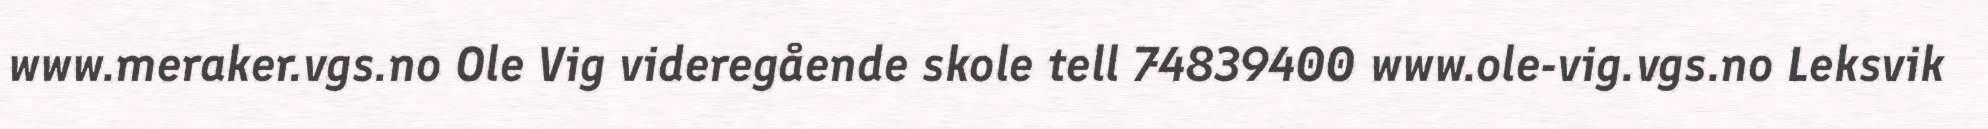
www.meraker.vgs.no Ole Vig videregående skole tell 74839400 www.ole-vig.vgs.no Leksvik